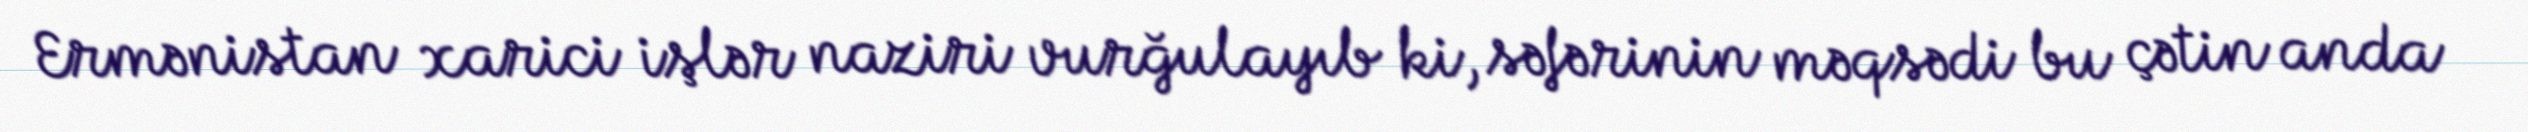
Ermənistan xarici işlər naziri vurğulayıb ki, səfərinin məqsədi bu çətin anda